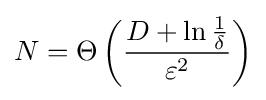
N=\Theta \left({\frac {D+\ln {1 \over \delta }}{\varepsilon ^{2}}}\right)